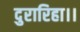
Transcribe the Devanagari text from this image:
दुरारिहा।।